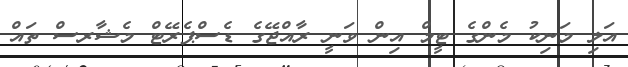
އަލި މަނިކު މެންގެ ޓީމް އިން ވަނީ ރާއްޖޭގެ ޑެސްޕެރޭޓް މެޝާރސް ތައް